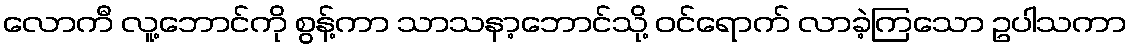
လောကီ လူ့ဘောင်ကို စွန့်ကာ သာသနာ့ဘောင်သို့ ဝင်ရောက် လာခဲ့ကြသော ဥပါသကာ